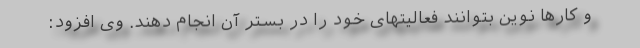
و کارها نوین بتوانند فعالیتهای خود را در بستر آن انجام دهند. وی افزود: